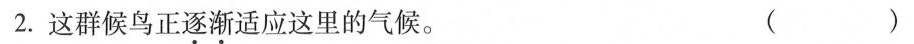
2.这群候鸟正逐渐适应这里的气候。（）